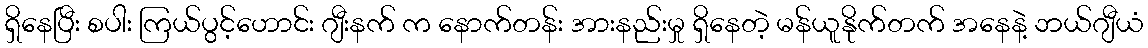
ရှိနေပြီး စပါး ကြယ်ပွင့်ဟောင်း ဂျီးနက် က နောက်တန်း အားနည်းမှု ရှိနေတဲ့ မန်ယူနိုက်တက် အနေနဲ့ ဘယ်ဂျီယံ